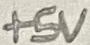
Text: +5V